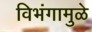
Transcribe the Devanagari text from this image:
विभंगामुळे